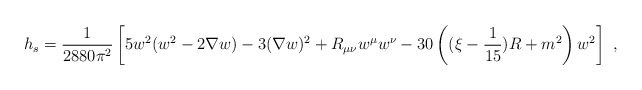
\begin{align*}h_s={1 \over 2880\pi^2}\left[5w^2(w^2-2\nabla w)-3(\nabla w)^2+R_{\mu\nu}w^\mu w^\nu-30\left((\xi-{1 \over 15})R+m^2\right)w^2\right]~,\end{align*}